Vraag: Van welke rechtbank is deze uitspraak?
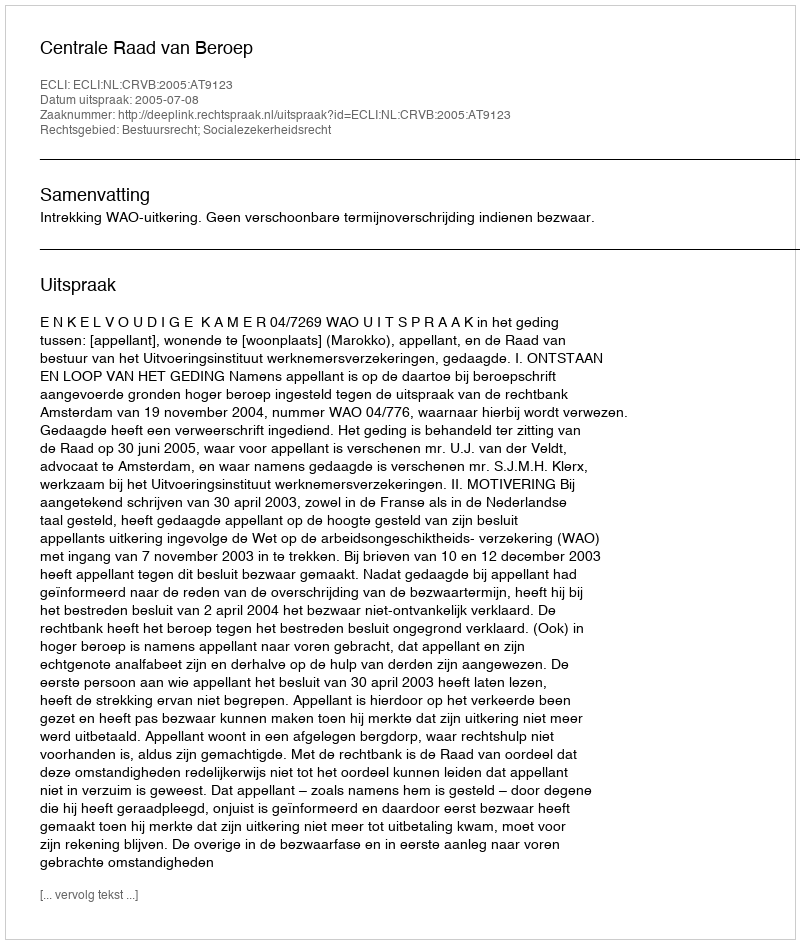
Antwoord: Centrale Raad van Beroep